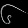
Digit: ၆